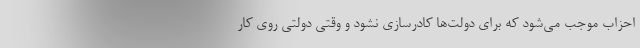
احزاب موجب می‌شود که برای دولت‌ها کادرسازی نشود و وقتی دولتی روی کار